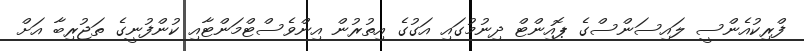
ފްރިކުއެންސީ ލައިސަންސްގެ ޕޮއިންޓް ދިނުމުގައި އަގުގެ އިތުރުން އިންވެސްޓްމަންޓާއި ކުންފުނީގެ ތަޖުރިބާ އަށް